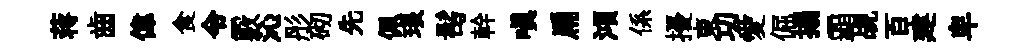
蒋齒偉食令覈沁彤砌先佩琅髩幹嗔扁澒係擾東㓛愛倔搨覇覘百建卑